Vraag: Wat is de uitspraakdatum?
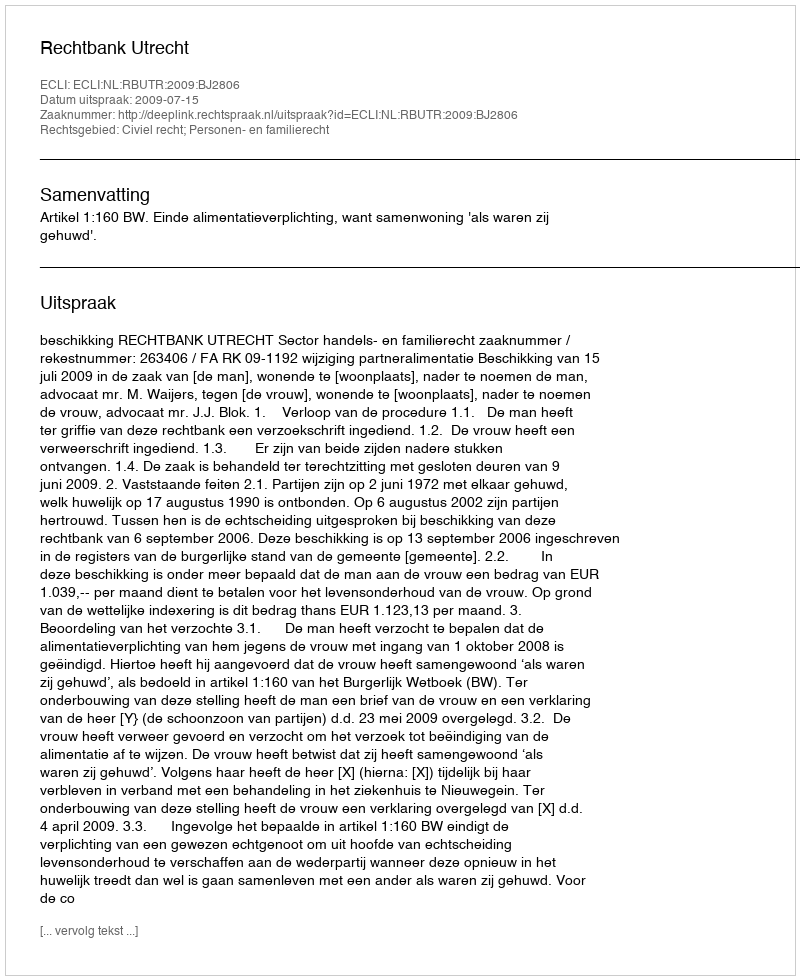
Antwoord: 2009-07-15